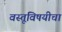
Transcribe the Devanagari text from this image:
वस्तूंविषयीचा